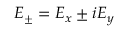
E _ { \pm } = E _ { x } \pm i E _ { y }